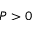
P > 0